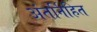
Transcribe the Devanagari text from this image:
अंतर्निहित